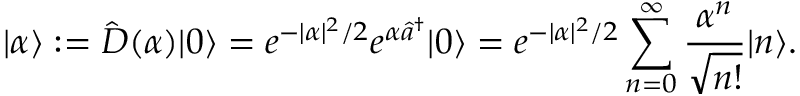
| \alpha \rangle : = \hat { D } ( \alpha ) | 0 \rangle = e ^ { - | \alpha | ^ { 2 } / 2 } e ^ { \alpha \hat { a } ^ { \dag } } | 0 \rangle = e ^ { - | \alpha | ^ { 2 } / 2 } \sum _ { n = 0 } ^ { \infty } \frac { \alpha ^ { n } } { \sqrt { n ! } } | n \rangle .